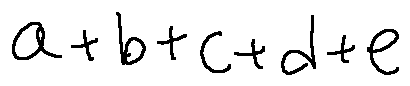
a + b + c + d + e